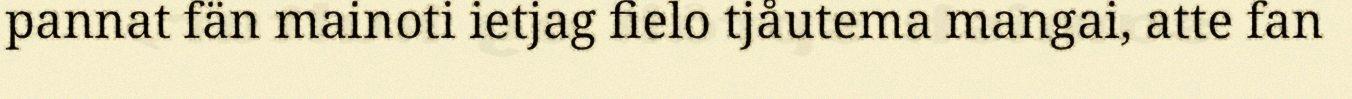
pannat fän mainoti ietjag fielo tjåutema mangai, atte fan